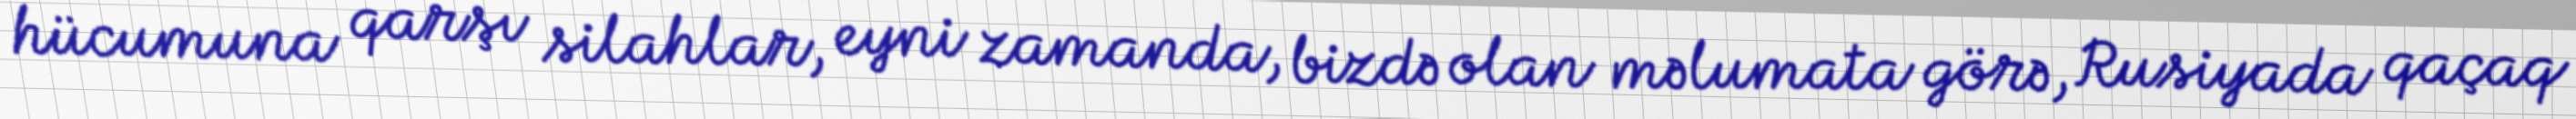
hücumuna qarşı silahlar, eyni zamanda, bizdə olan məlumata görə, Rusiyada qaçaq